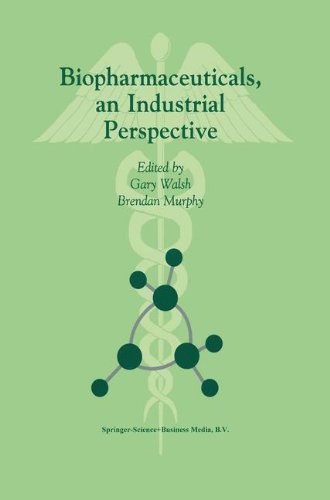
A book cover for Biopharmaceuticals, an Industrial Perspective; Medical Books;